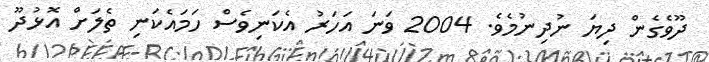
ދޫވެގެން ދިޔަ ނުދިނުމެވެ. 2004 ވަނަ އަހަރު އެކަނިވެސް ހަމައެކަނި ތެލަށް އޮޅުދޫ